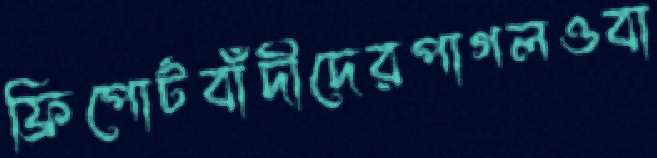
ফ্রিপোর্টবাঁদীদেরপাগলওবা